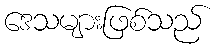
ဒေသများဖြစ်သည်